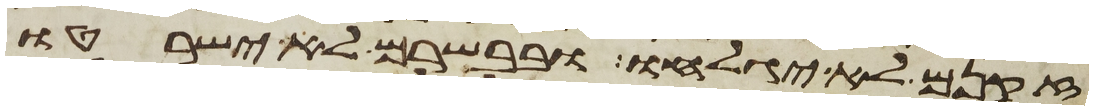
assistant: זקנם לא יגלחו ובבשרם לא ישרטו